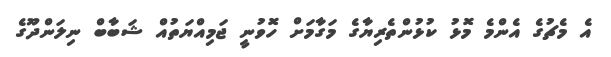
އެ މެޗުގެ އެންމެ މޮޅު ކުޅުންތެރިޔާގެ މަގާމަށް ހޮވުނީ ޖަމިއްޔަތުއް ޝަބާބް ނިލަންދޫގެ